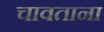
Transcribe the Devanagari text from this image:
चावताना